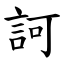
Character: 訶